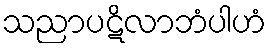
သညာပဋိလာဘံပါဟံ